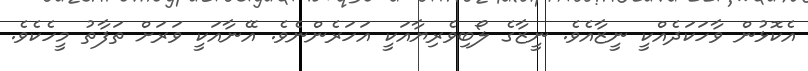
އެކޮޅުން ވާހަކަދެއްކީ ނީޒާއެވެ. ނީޒާގެ ލޯބިވެރިޔާއަކީ އަހަރެންނެވެ. އޭނާއަކީ ވަރަށް ތަފާތު މީހެކެވެ.